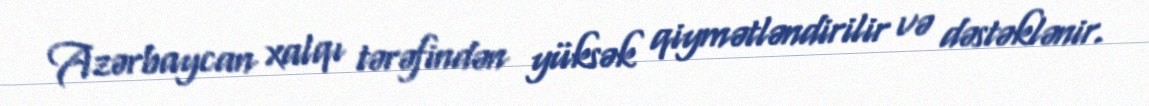
Azərbaycan xalqı tərəfindən yüksək qiymətləndirilir və dəstəklənir.